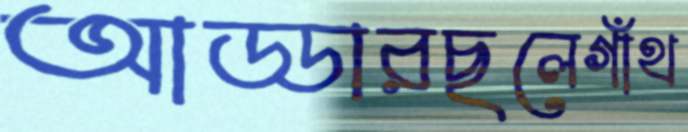
আড্ডারছলেগাঁথ